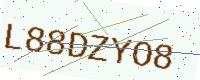
Text: L88DZYO8